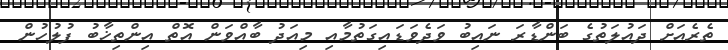
ތެރެއަށް ދައުލަތުގެ ބަންޑާރަ ނައިބު ވަދެވަޑައިގަތުމާއި މިއަދު ބާއްވަން އޮތް އިންތިޚާބު ފުލުހުން